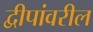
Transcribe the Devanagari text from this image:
द्वीपांवरील